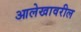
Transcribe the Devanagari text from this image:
आलेखावरील